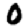
Digit: 0